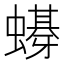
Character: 𲀉